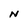
Character: N